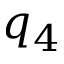
q _ { 4 }